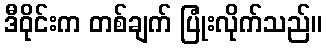
ဒီဝိုင်းက တစ်ချက် ပြုံးလိုက်သည်။